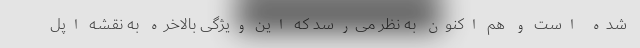
شده است و هم اکنون به نظر می‌رسد که این ویژگی بالاخره به نقشه اپل